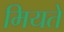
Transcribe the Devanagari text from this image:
मियते